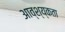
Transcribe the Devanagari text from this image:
आव्श्य्कता